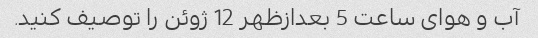
آب و هوای ساعت 5 بعدازظهر 12 ژوئن را توصیف کنید.